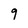
Character: 9